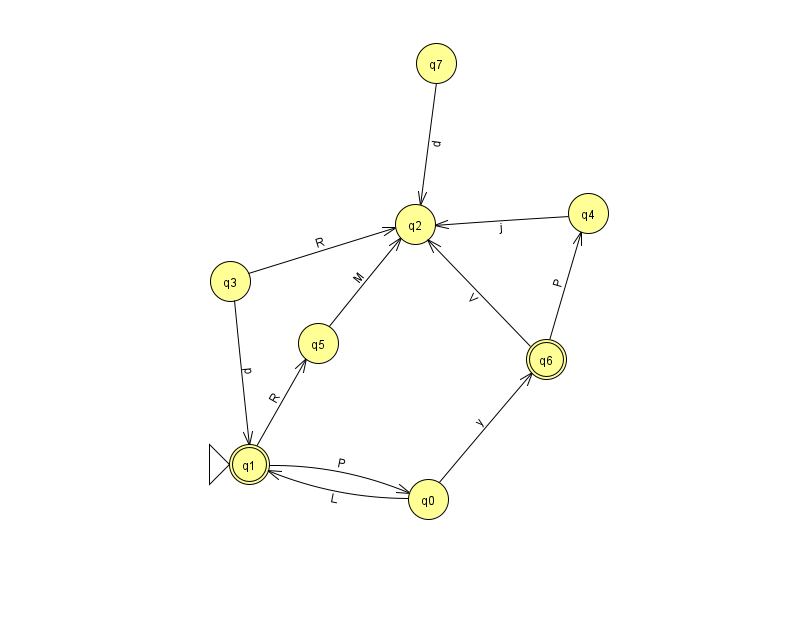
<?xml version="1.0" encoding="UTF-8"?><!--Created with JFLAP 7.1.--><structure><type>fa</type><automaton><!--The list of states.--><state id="0" name="q0"><x>428.0</x><y>486.0</y></state><state id="1" name="q1"><x>249.0</x><y>451.0</y><initial/><final/></state><state id="2" name="q2"><x>415.0</x><y>211.0</y></state><state id="3" name="q3"><x>230.0</x><y>268.0</y></state><state id="4" name="q4"><x>588.0</x><y>200.0</y></state><state id="5" name="q5"><x>318.0</x><y>330.0</y></state><state id="6" name="q6"><x>546.0</x><y>346.0</y><final/></state><state id="7" name="q7"><x>436.0</x><y>50.0</y></state><!--The list of transitions.--><transition><from>3</from><to>1</to><read>p</read></transition><transition><from>1</from><to>5</to><read>R</read></transition><transition><from>1</from><to>0</to><read>P</read></transition><transition><from>3</from><to>2</to><read>R</read></transition><transition><from>0</from><to>6</to><read>y</read></transition><transition><from>5</from><to>2</to><read>M</read></transition><transition><from>6</from><to>4</to><read>P</read></transition><transition><from>4</from><to>2</to><read>j</read></transition><transition><from>6</from><to>2</to><read>V</read></transition><transition><from>7</from><to>2</to><read>d</read></transition><transition><from>0</from><to>1</to><read>L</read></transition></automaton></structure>